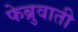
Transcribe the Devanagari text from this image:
फेब्रुवाती